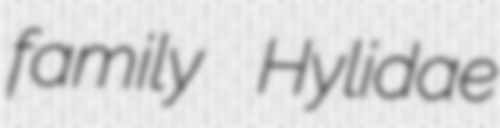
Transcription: family Hylidae